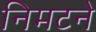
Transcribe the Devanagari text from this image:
निमटने